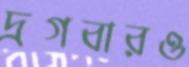
দ্রগবারও